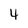
Character: 4